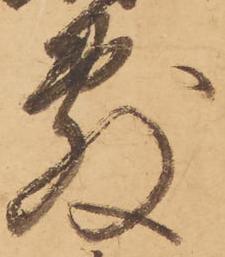
敷